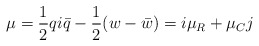
\begin{align*}\mu={1\over 2}qi\bar{q}-{1\over 2}(w-\bar{w})=i\mu_R+\mu_C j\end{align*}